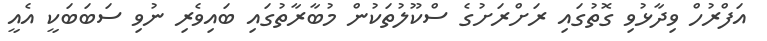
އަފްރުހް ވިދާޅުވި ގޮތުގައި ރަށްރަށުގެ ސްކޫލުތަކުން މުބާރާތުގައި ބައިވެރި ނުވި ސަބަބަކީ އެއީ